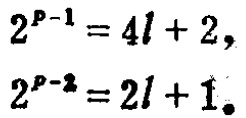
\[
\begin{align*}
2^{p - 1} &= 4l + 2,\\
2^{p - 2} &= 2l + 1。
\end{align*}
\]